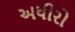
અધીરો